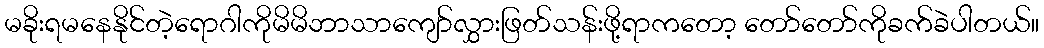
မခိုးရမနေနိုင်တဲ့ရောဂါကိုမိမိဘာသာကျော်လွှားဖြတ်သန်းဖို့ရာကတော့ တော်တော်ကိုခက်ခဲပါတယ်။